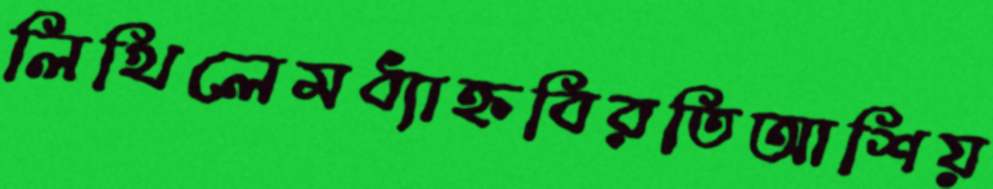
লিখিলেমধ্যাহ্নবিরতিআশিয়